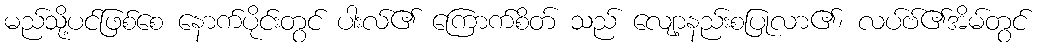
မည်သို့ပင်ဖြစ်စေ နောက်ပိုင်းတွင် ပါးလ်၏ ကြောက်စိတ် သည် လျော့နည်းစပြုလာ၏၊ လပ်ဗ်၏အိမ်တွင်